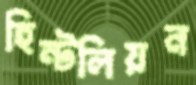
হিন্টলিয়ন